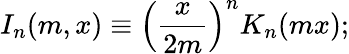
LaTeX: I_{n}(m,x)\equiv\left(\frac{x}{2m}\right)^{n}K_{n}(mx);